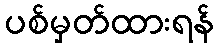
ပစ်မှတ်ထားရန်